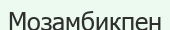
Мозамбикпен